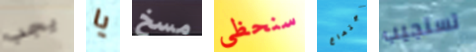
يجب يا مسخ سنحظى إجتماع تستجيب